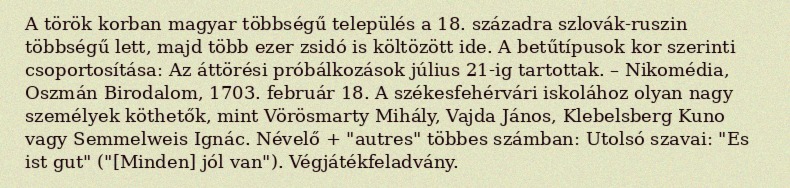
A török korban magyar többségű település a 18. századra szlovák-ruszin többségű lett, majd több ezer zsidó is költözött ide. A betűtípusok kor szerinti csoportosítása: Az áttörési próbálkozások július 21-ig tartottak. – Nikomédia, Oszmán Birodalom, 1703. február 18. A székesfehérvári iskolához olyan nagy személyek köthetők, mint Vörösmarty Mihály, Vajda János, Klebelsberg Kuno vagy Semmelweis Ignác. Névelő + "autres" többes számban: Utolsó szavai: "Es ist gut" ("[Minden] jól van"). Végjátékfeladvány.